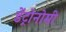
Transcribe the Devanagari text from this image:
डेंट्रोनोमी